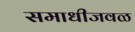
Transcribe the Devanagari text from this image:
समाधीजवळ